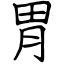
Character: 胃